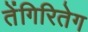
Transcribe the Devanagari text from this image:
तेंगिरितेग